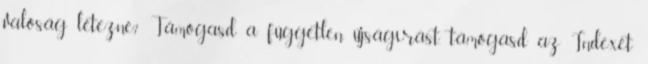
valóság létezne? Támogasd a független újságírást, támogasd az Indexet